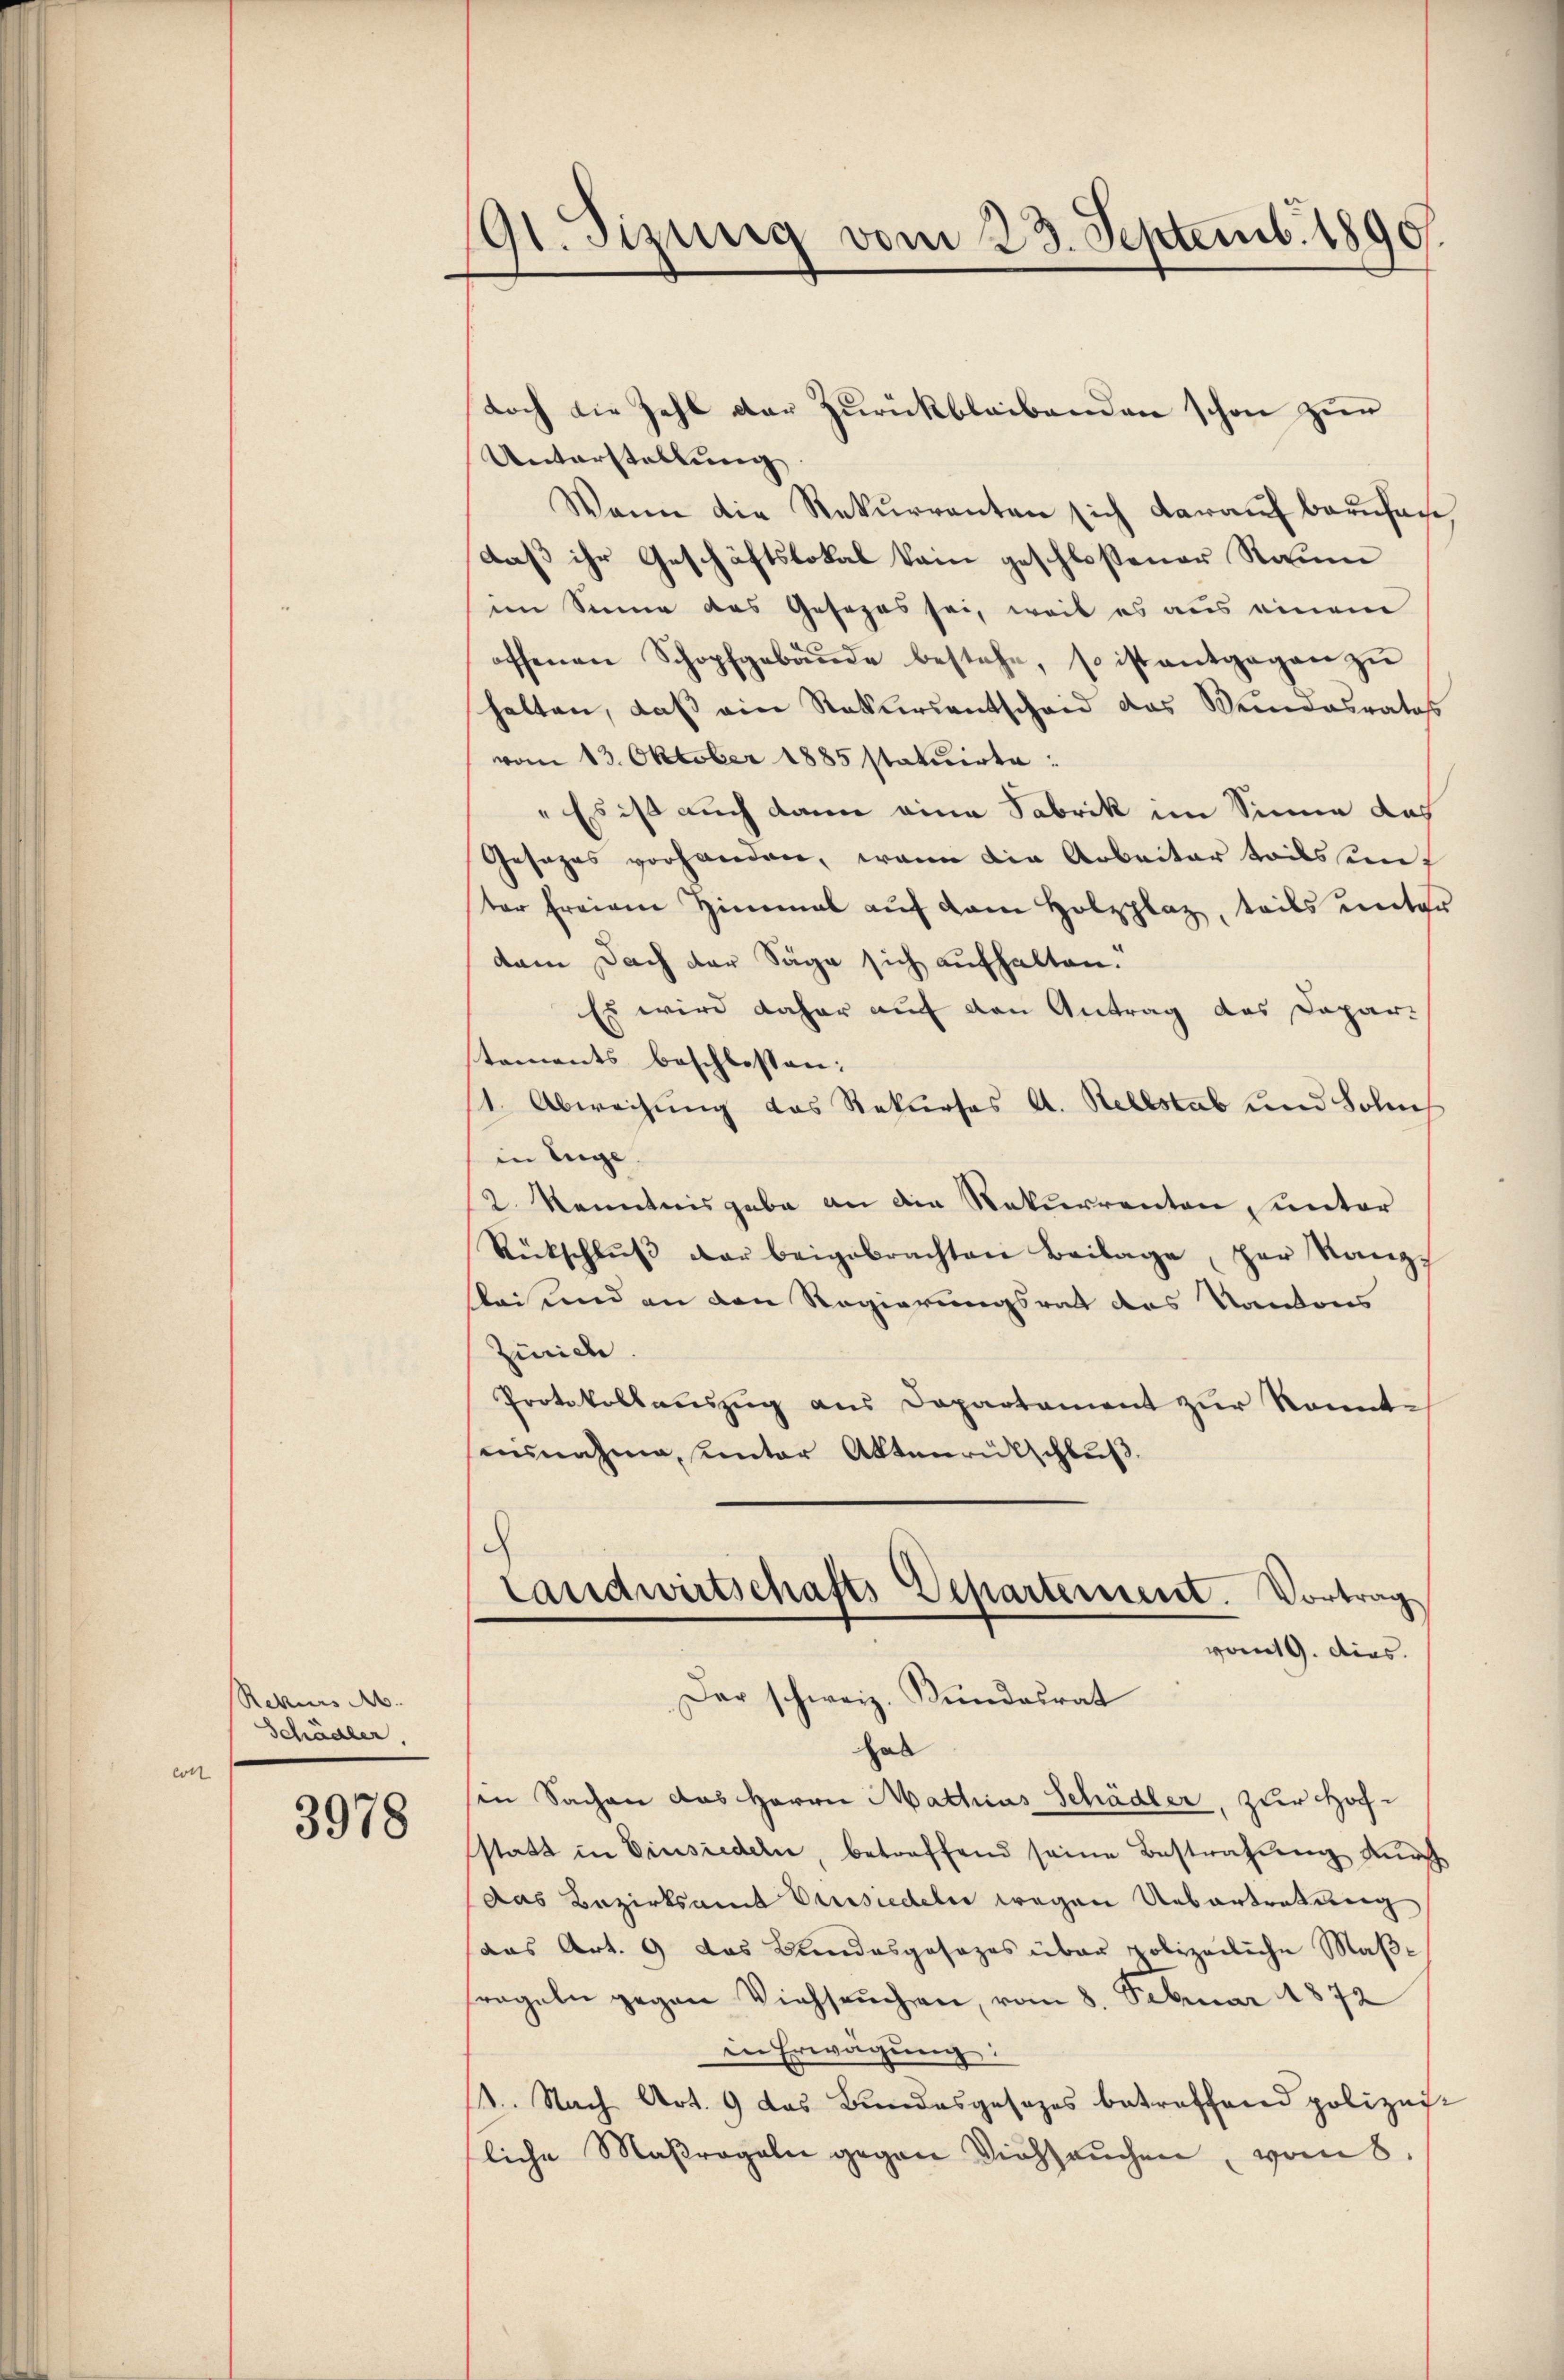
Rekurs A
Schädler,

3978

191. Sizung vom 23. Septemb. 1890.

doch die Zahl der Zurückbleibenden schon zur
Unterstellung
Wann die Rekurrenten sich darauf berufen
daß ihr Geschäftslokal kain geschloßener Raum
im Sinne das Gesezes sei, weil es aus einem
offenen Schopfgebäŭde bestehe, so ist entgegen zŭ
halten, daß ein Rekursentscheid das Weindesrates
vom 13. Oktober 1885 statuirte:
" Es ist auch dann eine Fabrik im Sinne das
Gesages vorhanden, wenn die Arbeiter teils inf
ter freigen Himmal auf dem Holzplaz, teils unter
dem Dach der Säge sich aufhalten.
Es wird daher auf den Antrag das Dapar-
stements beschlossen:
/1. Abweisung das Rekurses A. Rellstab und Sohns
in Enge.
2. Kenntnis gabe an die Rekurrenten, unter
Rückschlŭβ der beigebrachten Beilage her Rang
lei und an den Regierungsratt des Kantons
Zürich
Protokollauszug aus Departement zur Kenntnisnahme, unter Aktenrütschluß.
Landwirtschafts Departement. Vortrag
vom 9. dies.
Der schweiz. Bundesrat
hab
in Sachen das Herrn Mathias Schädler, zur Hochstatt in Einsiedeln, betreffend seine Bestrafung durch
Das Bezirksamt Ansiedeln wegen Uebertretung
das Art. 9 das Kindesgesezes über polizeiliche Maße
regeln gegen Viehseuchen, vom 8. Februar 1872
in Erwägung:
1. Nach Art. 9 das Bundesgesezes betreffend polizeiliche Maßregeln gegen Viehsaŭchen, vom 8.